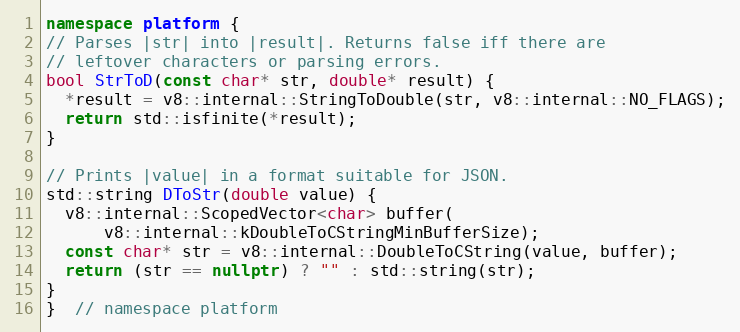
Language: C++
namespace platform {
// Parses |str| into |result|. Returns false iff there are
// leftover characters or parsing errors.
bool StrToD(const char* str, double* result) {
  *result = v8::internal::StringToDouble(str, v8::internal::NO_FLAGS);
  return std::isfinite(*result);
}

// Prints |value| in a format suitable for JSON.
std::string DToStr(double value) {
  v8::internal::ScopedVector<char> buffer(
      v8::internal::kDoubleToCStringMinBufferSize);
  const char* str = v8::internal::DoubleToCString(value, buffer);
  return (str == nullptr) ? "" : std::string(str);
}
}  // namespace platform